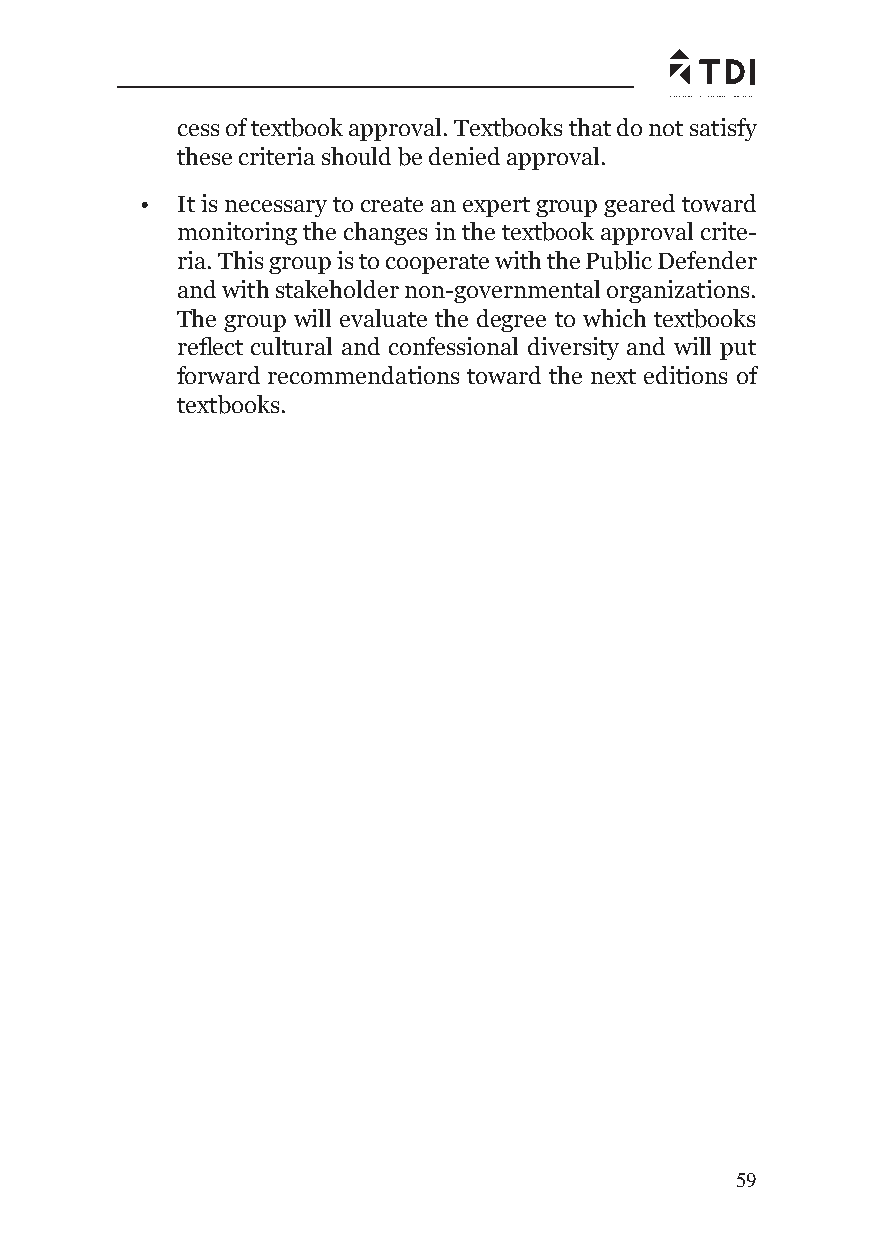
cess of textbook approval. Textbooks that do not satisfy
 these criteria should be denied approval.
 •  It is necessary to create an expert group geared toward
 monitoring the changes in the textbook approval crite-
 ria. This group is to cooperate with the Public Defender
 and with stakeholder non-governmental organizations.
 The group will evaluate the degree to which textbooks
 refl ect cultural and confessional diversity and will put
 forward recommendations toward the next editions of
 textbooks.
 59